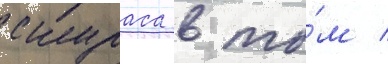
скураса в то́м /